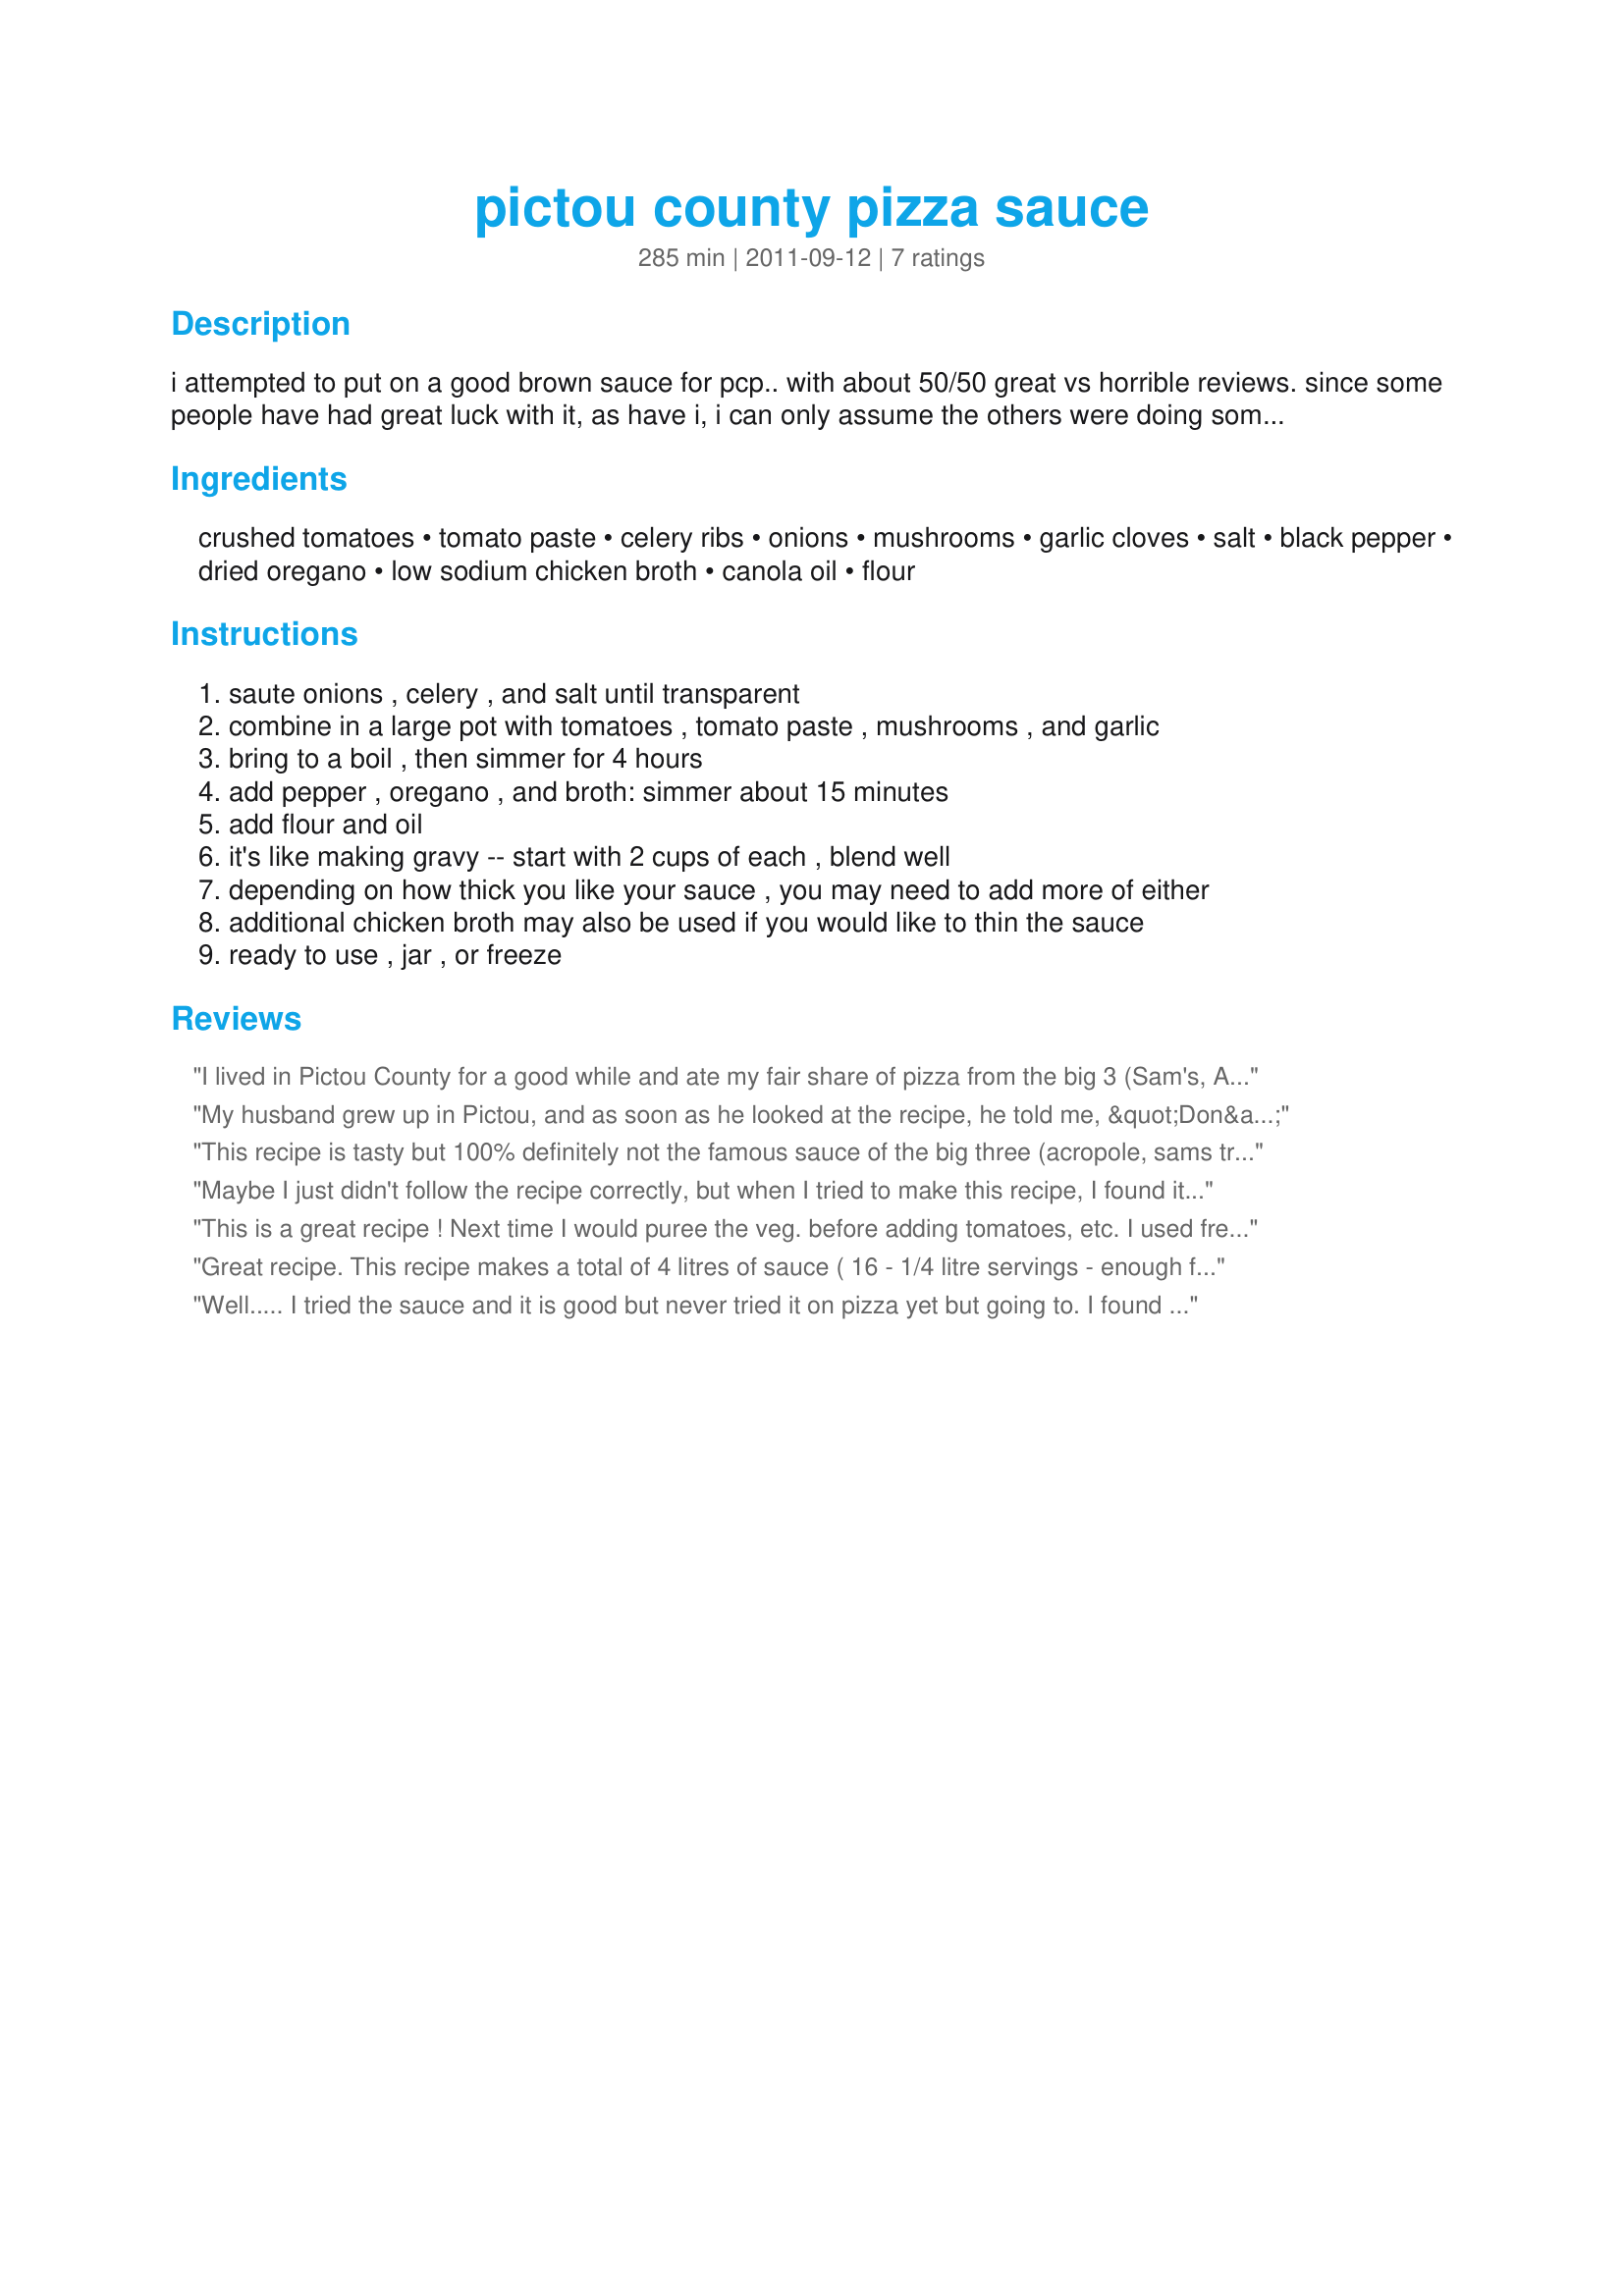
pictou county pizza sauce
Preparation time: 285 minutes

i attempted to put on a good brown sauce for pcp.. with about 50/50 great vs horrible reviews. since some people have had great luck with it, as have i, i can only assume the others were doing something wrong in the execution. i read that i cannot remove the recipe, so i'm just cancelling my account. if you have any more hatemail for me because your sauce didn't turn out.. i will not be able to receive it. best of luck to those who do know how to cook and enjoy the sauce :) ... s

Ingredients:
crushed tomatoes, tomato paste, celery ribs, onions, mushrooms, garlic cloves, salt, black pepper, dried oregano, low sodium chicken broth, canola oil, flour

Steps:
saute onions , celery , and salt until transparent, combine in a large pot with tomatoes , tomato paste , mushrooms , and garlic, bring to a boil , then simmer for 4 hours, add pepper , oregano , and broth: simmer about 15 minutes, add flour and oil, it's like making gravy -- start with 2 cups of each , blend well, depending on how thick you like your sauce , you may need to add more of either, additional chicken broth may also be used if you would like to thin the sauce, ready to use , jar , or freeze

Reviews:
I lived in Pictou County for a good while and ate my fair share of pizza from the big 3 (Sam's, Acropole, and Alice's), and this recipe is nowhere close to the 'brown sauce' the region has become famous for.<br/><br/>I'm certainly not trying to be rude either but this recipe is insane. The amounts of some of the ingredients are just beyond comprehension....2 cups of flour??? 2 cups of oil? I wouldn't feed the finished product to a swine. No joke. 1/2 cup of pepper? Look, this recipe is bogus. Plain and simple. DO NOT ATTEMPT TO MAKE THIS RECIPE. I have made it a personal mission to nail down the real recipe (as close as possible) and will be sharing it on here, facebook, etc. In the meantime, save your time and ingredients.
My husband grew up in Pictou, and as soon as he looked at the recipe, he told me, &quot;Don&#039;t bother wasting your time and our money&quot;. A yield of 0.25L of sauce, but it calls for 1/2 cup pepper, 1 cup of dried oregano and a ton of veggies. I also caught that nothing is pureed. &lt;br/&gt;Pictou County Pizza is a BIG Deal......just like Donair. I&#039;d rather pay the shipping to have it sent up here to Ontario than try to make it from scratch.&lt;br/&gt;If you believe that the big 3 in PCP would give away their recipe for the best pizza in the world, you obviously have never met a Maritime home cook/chef/wife/mother....anyone. LOL
This recipe is tasty but 100% definitely not the famous sauce of the big three (acropole, sams trenton, Alices). This sauce is red and does not come out brown like pictou county pizza sauce. I have heard rumours of lard being the secret ingredient? I did puree all the veggies before adding to sauce. I would add more onions, garlic, mushrooms to the recipe and use less oil more broth. Pepper amount is fine. brothers pepperoni is also needed. I know greeks are very picky about their olive oil so maybe using a nice olive oil instead of dirty canola oil would add to it as well.
Maybe I just didn't follow the recipe correctly, but when I tried to make this recipe, I found it tasted and looked like slop. It certainly wasn't Pictou County Pizza sauce. It was almost like a gravy as opposed to pizza sauce. I will attempt it again, but this time, it certainly wasn't what I was looking for.
This is a great recipe ! Next time I would puree the veg. before adding tomatoes, etc. I used fresh ground pepper so it was a little hot. I like it spicy but you could use less pepper or table pepper to lessen the hotness. Other than that, made 12 mason jars full ....great gifts idea for those away from home!
Great recipe. This recipe makes a total of 4 litres of sauce ( 16 - 1/4 litre servings - enough for 16 pizzas) but I reduced everything by half to make only 2 litres.
Well..... I tried the sauce and it is good but never tried it on pizza yet but going to. I found the the receipe on here is way too much flour for the liquid i had to add way more chicken broth. I only had half the pepper in the house and it is almost too hot. I think by adding more celery and onions and mushrooms would be better. Still not sure what the secret to the sauce could be.
